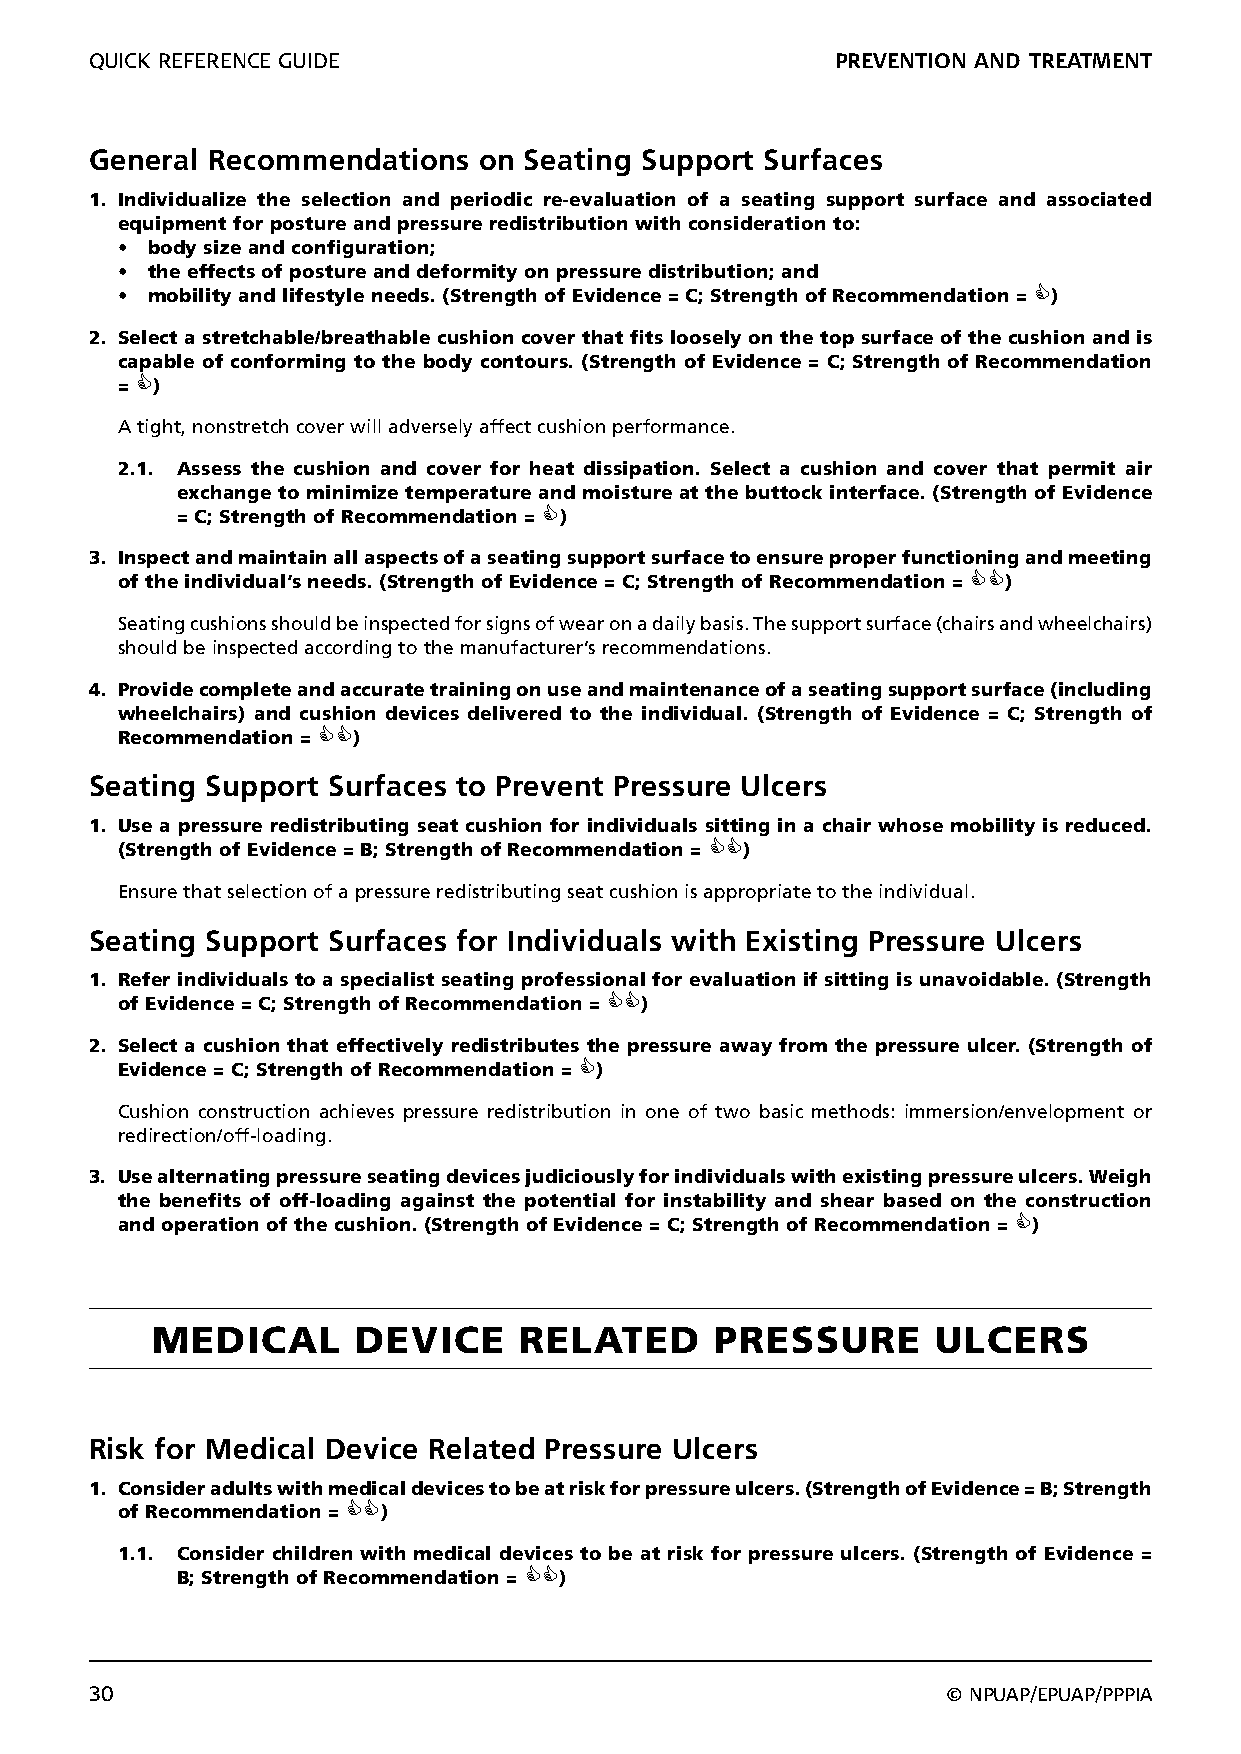
QUICK REFERENCE GUIDE                            PREVENTION AND TREATMENT
 General Recommendations   on Seating Support Surfaces
 1. Individualize the selection and periodic re-evaluation of a seating support surface and associated
 equipment for posture and pressure redistribution with consideration to:
 • body size and configuration;
 • the effects of posture and deformity on pressure distribution; and
 • mobility and lifestyle needs. (Strength of Evidence = C; Strength of Recommendation = )
 2. Select a stretchable/breathable cushion cover that fits loosely on the top surface of the cushion and is
 capable of conforming to the body contours. (Strength of Evidence = C; Strength of Recommendation
 = )
 A tight, nonstretch cover will adversely affect cushion performance.
 2.1. Assess the cushion and cover for heat dissipation. Select a cushion and cover that permit air
 exchange to minimize temperature and moisture at the buttock interface. (Strength of Evidence
 = C; Strength of Recommendation = )
 3. Inspect and maintain all aspects of a seating support surface to ensure proper functioning and meeting
 of the individual’s needs. (Strength of Evidence = C; Strength of Recommendation = )
 Seating cushions should be inspected for signs of wear on a daily basis. The support surface (chairs and wheelchairs)
 should be inspected according to the manufacturer’s recommendations.
 4. Provide complete and accurate training on use and maintenance of a seating support surface (including
 wheelchairs) and cushion devices delivered to the individual. (Strength of Evidence = C; Strength of
 Recommendation = )
 Seating Support Surfaces to Prevent Pressure Ulcers
 1. Use a pressure redistributing seat cushion for individuals sitting in a chair whose mobility is reduced.
 (Strength of Evidence = B; Strength of Recommendation = )
 Ensure that selection of a pressure redistributing seat cushion is appropriate to the individual.
 Seating Support Surfaces for Individuals with Existing Pressure Ulcers
 1. Refer individuals to a specialist seating professional for evaluation if sitting is unavoidable. (Strength
 of Evidence = C; Strength of Recommendation = )
 2. Select a cushion that effectively redistributes the pressure away from the pressure ulcer. (Strength of
 Evidence = C; Strength of Recommendation = )
 Cushion construction achieves pressure redistribution in one of two basic methods: immersion/envelopment or
 redirection/off-loading.
 3. Use alternating pressure seating devices judiciously for individuals with existing pressure ulcers. Weigh
 the benefits of off-loading against the potential for instability and shear based on the construction
 and operation of the cushion. (Strength of Evidence = C; Strength of Recommendation = )
 MEDICAL       DEVICE    RELATED      PRESSURE       ULCERS
 Risk for Medical Device Related Pressure Ulcers
 1. Consider adults with medical devices to be at risk for pressure ulcers. (Strength of Evidence = B; Strength
 of Recommendation = )
 1.1. Consider children with medical devices to be at risk for pressure ulcers. (Strength of Evidence =
 B; Strength of Recommendation = )
 30                                                       © NPUAP/EPUAP/PPPIA